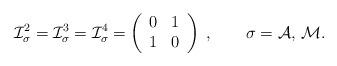
LaTeX: \begin{align*}{\cal I}_\sigma^2 = {\cal I}_\sigma^3 = {\cal I}_\sigma^4= \left( \begin{array}{cc} 0 & 1 \\ 1 & 0 \end{array} \right) \; ,\qquad \sigma={\cal A,\, M}.\end{align*}